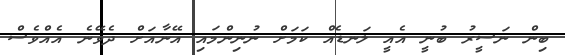
ބިން ނަސީރު ބުނީ އެއީ ލަނޑެއް ކަމަށް ނުނިންމައި އޭނާއަށް ދެވޭނެ އެއްވެސް